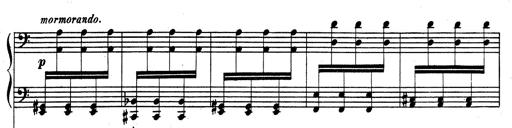
Title: Rhapsodie espagnole
Composer: Franz Liszt